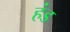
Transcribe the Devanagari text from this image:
हंड